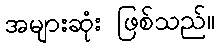
အများဆုံး ဖြစ်သည်။